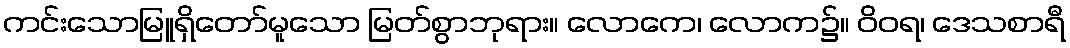
ကင်းသောမြူရှိတော်မူသော မြတ်စွာဘုရား။ လောကေ၊ လောက၌။ ဝိဝရ၊ ဒေသစာရီ